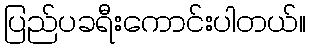
ပြည်ပခရီးကောင်းပါတယ်။